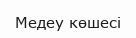
Медеу көшесі